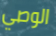
الوصي